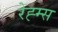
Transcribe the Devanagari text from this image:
रेह्म्स